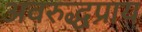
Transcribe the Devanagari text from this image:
अवरुद्धप्राय